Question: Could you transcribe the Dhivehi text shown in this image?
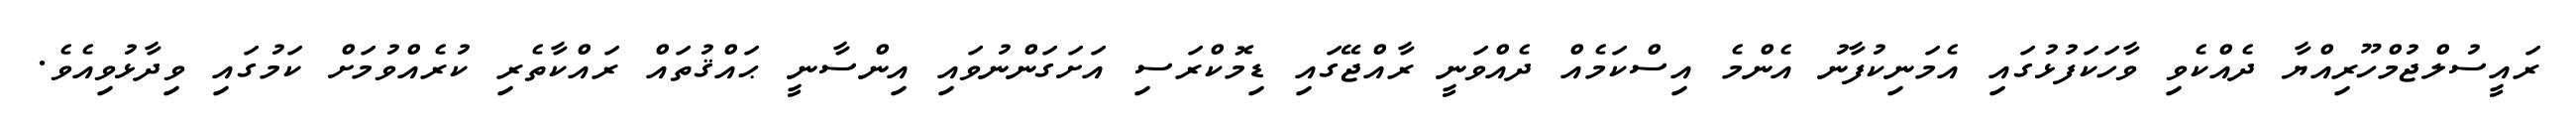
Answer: ރައީސުލްޖުމްހޫރިއްޔާ ދެއްކެވި ވާހަކަފުޅުގައި އެމަނިކުފާނު އެންމެ އިސްކަމެއް ދެއްވަނީ ރާއްޖޭގައި ޑިމޮކްރަސި އަށަގަންނުވައި އިންސާނީ ޙައްޤުތައް ރައްކާތެރި ކުރެއްވުމަށް ކަމުގައި ވިދާޅުވިއެވެ.